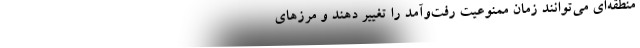
منطقه‌ای می‌توانند زمان ممنوعیت رفت‌و‌آمد را تغییر دهند و مرزهای